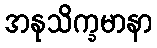
အနုသိက္ခမာနာ